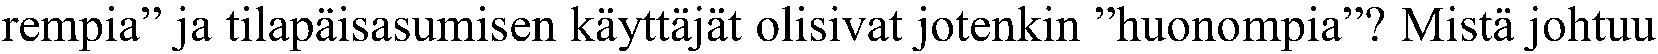
rempia” ja tilapäisasumisen käyttäjät olisivat jotenkin ”huonompia”? Mistä johtuu